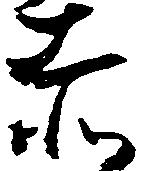
赤